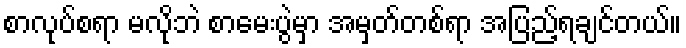
စာလုပ်စရာ မလိုဘဲ စာမေးပွဲမှာ အမှတ်တစ်ရာ အပြည့်ရချင်တယ်။